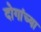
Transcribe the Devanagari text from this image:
दोगांच्या